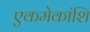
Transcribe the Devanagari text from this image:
एकमेकांशि